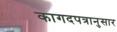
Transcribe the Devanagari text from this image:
कागदपत्रानुसार